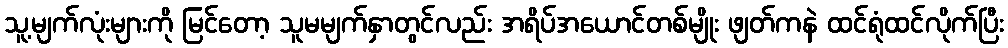
သူ့မျက်လုံးများကို မြင်တော့ သူမမျက်နှာတွင်လည်း အရိပ်အယောင်တစ်မျိုး ဖျတ်ကနဲ ထင်ရုံထင်လိုက်ပြီး